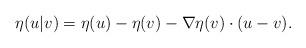
LaTeX: \begin{align*}\eta(u|v)=\eta(u)-\eta(v) -\nabla\eta(v)\cdot(u-v).\end{align*}